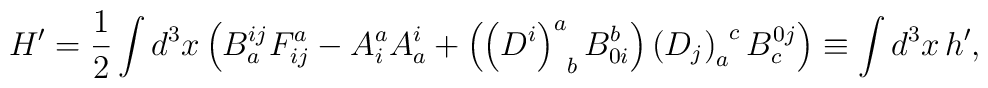
H^{\prime }=\frac 12\int d^3x\left(B_a^{ij}F_{ij}^a-A_i^aA_a^i+\left( \left( D^i\right)_{\;\;b}^aB_{0i}^b\right) \left( D_j\right) _a^{\;\;c}B_c^{0j}\right) \equiv\int d^3x\,h^{\prime },